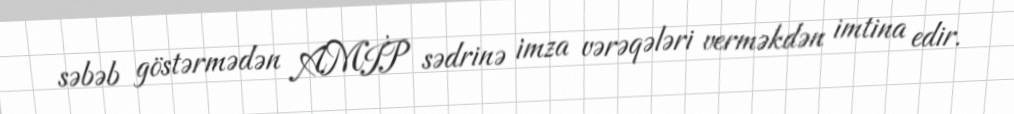
səbəb göstərmədən AMİP sədrinə imza vərəqələri verməkdən imtina edir.